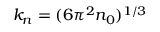
k _ { n } = ( 6 \pi ^ { 2 } n _ { 0 } ) ^ { 1 / 3 }